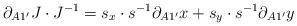
LaTeX: \begin{align*}\partial_{A1^{\prime}}J\cdot J^{-1}=s_x\cdot s^{-1}\partial_{A1^{\prime}}x+s_y\cdot s^{-1}\partial_{A1^{\prime}}y\end{align*}